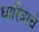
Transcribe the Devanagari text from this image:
धारित्राचे